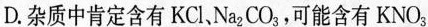
D.杂质中肯定含有KCl、Na_{2}CO_{3}，可能含有KNO_{3}